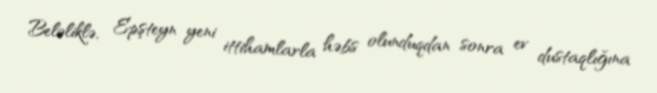
Beləliklə, Epşteyn yeni ittihamlarla həbs olunduqdan sonra ev dustaqlığına